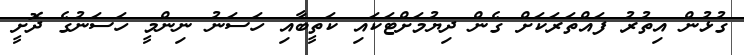
ގުޅުން އިތުރު ފައްތަރަކަށް ގެން ދިޔުމަށްޓަކައި ކަތީބާއި ހަސަނު ނިންމީ ހަސަނުގެ ދޮށީ